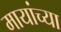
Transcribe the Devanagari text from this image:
मायांच्या